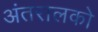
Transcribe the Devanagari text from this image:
अंतरालको